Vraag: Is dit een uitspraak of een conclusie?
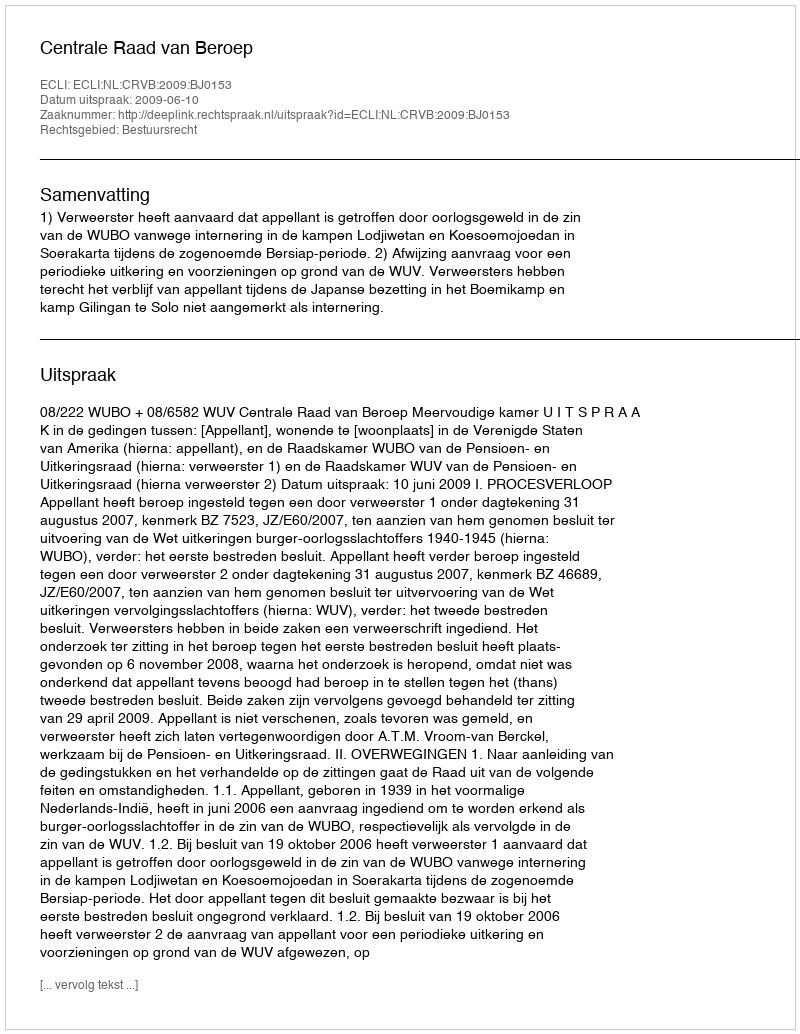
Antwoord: Uitspraak